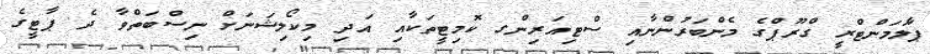
ޕާލަމަންޓްރީ ގްރޫޕްގެ މެންބަރުންނާއި ސްޓިއަރިންގ ކޮމިޓީތަކާއި އަދި މިކޯލިޝަނަށް ނިސްބަތްވާ ދެ ޕާޓީގެ